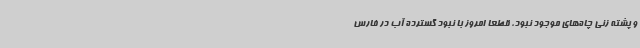
و پشته زنی چاه‌های موجود نبود، قطعا امروز با نبود گسترده آب در فارس